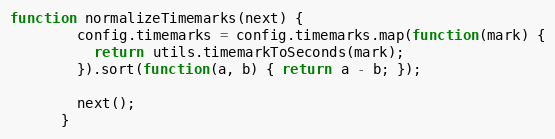
Language: JavaScript
function normalizeTimemarks(next) {
        config.timemarks = config.timemarks.map(function(mark) {
          return utils.timemarkToSeconds(mark);
        }).sort(function(a, b) { return a - b; });

        next();
      }